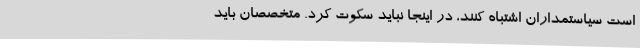
است سیاستمداران اشتباه کنند، در اینجا نباید سکوت کرد. متخصصان باید